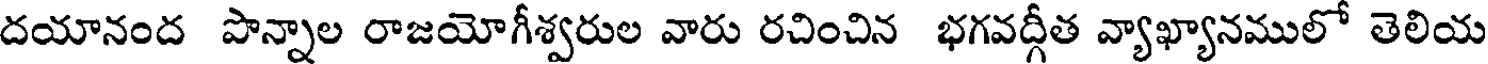
దయానంద పొన్నాల రాజయోగీశ్వరుల వారు రచించిన భగవద్గీత వ్యాఖ్యానములో తెలియ